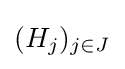
(H_{j})_{j\in J}